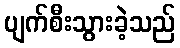
ပျက်စီးသွားခဲ့သည်